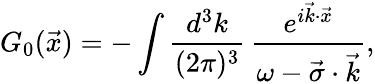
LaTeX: G_{0}(\vec{x})=-\int{\frac{d^{3}k}{(2\pi)^{3}}}\, {\frac{e^{i{\vec{k}\cdot\vec{x}}}}{\omega-{\vec{\sigma}\cdot\vec{k}}}},